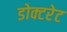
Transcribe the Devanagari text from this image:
डोक्टरेट